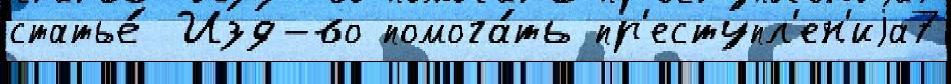
статье́ Изд-во помога́ть пр'еступл'ен'иjа7